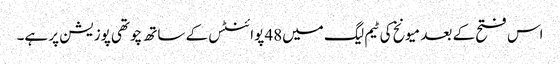
اس فتح کے بعد میونخ کی ٹیم لیگ میں48 پوائنٹس کے ساتھ چوتھی پوزیشن پر ہے۔